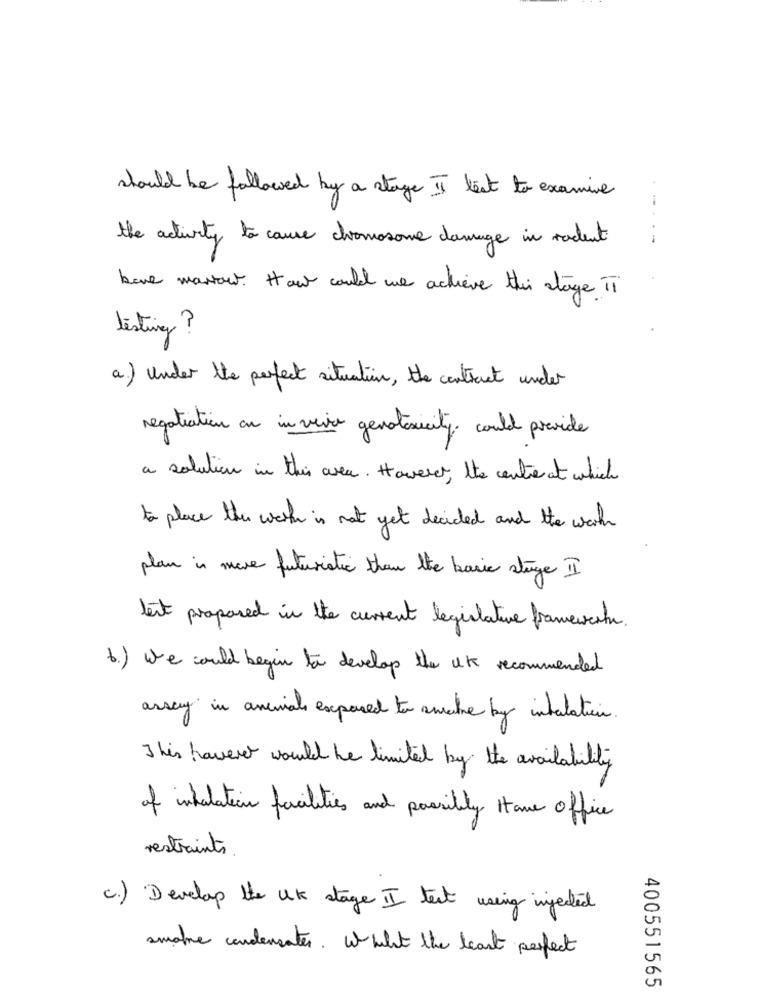
should be followed by a stage II leat to examine
the activity to cause chromosome damage in rodent
----
beve market. How could we achieve this stage II
listing ?
a) Under the perfect situation, the contract under
negotiation on in vivre genotoxicity. could provide
a solution in this area . However , the centre at which
to place this work is not yet decided and the worth
plan in mare futuristic than the basic stage I
leit proposed in the current legislative framewohn.
6.) We could begin to develop the uk recommended
array in animals exposed to amathe by inhalation.
This havere would be limited by the availability
of inhalation facilities and posibly stane office
restraints .
c.) Develop the UK stage II text using injected
smoke condensates. W what the least perfect
400551565